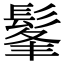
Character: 髼